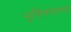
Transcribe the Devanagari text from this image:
भूविगणनया